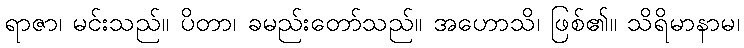
ရာဇာ၊ မင်းသည်။ ပိတာ၊ ခမည်းတော်သည်။ အဟောသိ၊ ဖြစ်၏။ သိရိမာနာမ၊